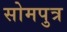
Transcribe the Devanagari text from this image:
सोमपुत्र